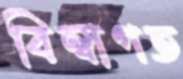
বিম্বাগত